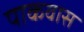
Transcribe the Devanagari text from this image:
पाकवास